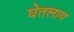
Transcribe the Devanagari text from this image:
घेतलाय